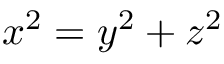
x ^ { 2 } = y ^ { 2 } + z ^ { 2 }